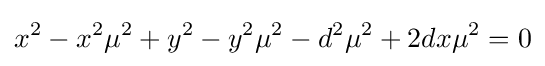
x^{2}-x^{2}\mu ^{2}+y^{2}-y^{2}\mu ^{2}-d^{2}\mu ^{2}+2dx\mu ^{2}=0